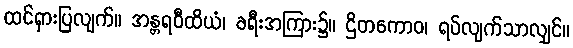
ထင်ရှားပြလျက်။ အန္တရဝီထိယံ၊ ခရီးအကြား၌။ ဌိတကောဝ၊ ရပ်လျက်သာလျှင်။